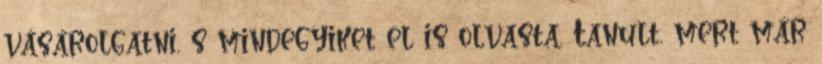
vásárolgatni, s mindegyiket el is olvasta. Tanult, mert már